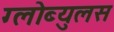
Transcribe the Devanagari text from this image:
ग्लोब्युलस